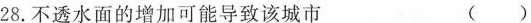
28.不透水面的增加可能导致该城市 ()